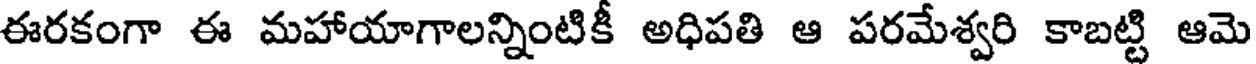
ఈరకంగా ఈ మహాయాగాలన్నింటికీ అధిపతి ఆ పరమేశ్వరి కాబట్టి ఆమె